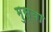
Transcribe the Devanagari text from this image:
मुस्बा